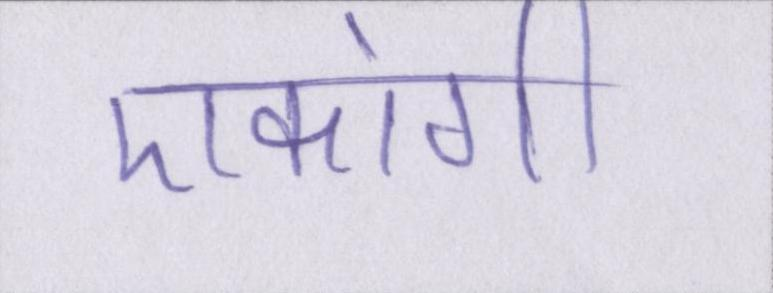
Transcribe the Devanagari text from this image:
एकांगी